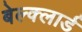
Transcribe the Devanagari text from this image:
बेल्क्लार्ड